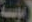
موسة